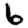
Digit: 6